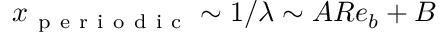
x _ { \mathrm { ~ p ~ e ~ r ~ i ~ o ~ d ~ i ~ c ~ } } \sim 1 / \lambda \sim A R e _ { b } + B